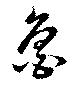
魯